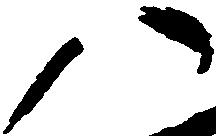
八